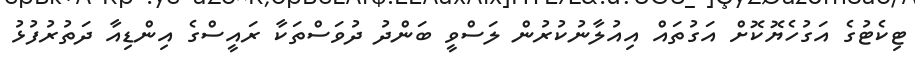
ޓިކެޓުގެ އަގުހެޔޮކޮށް އަގުތައް އިއުލާނުކުރުން ލަސްވީ ބަންދު ދުވަސްތަކާ ރައީސްގެ އިންޑިއާ ދަތުރުފުޅު